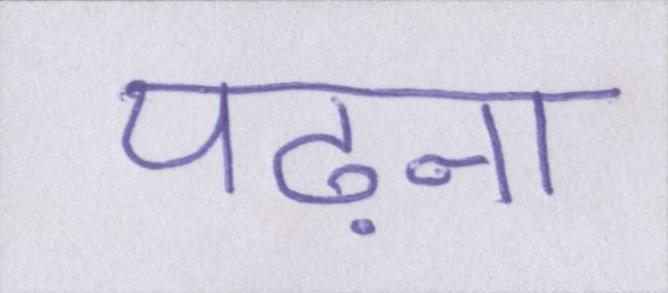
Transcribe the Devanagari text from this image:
पढ़ना